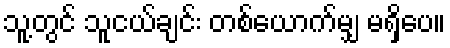
သူ့တွင် သူငယ်ချင်း တစ်ယောက်မျှ မရှိပေ။